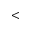
<